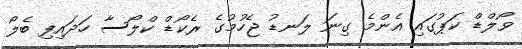
ވޯލްޑް ކަޕުގައި އެންމެ ގިނަ ލަނޑު ޖެހުމުގެ ރެކޯޑް ކްލޯސާ ހަދައިފި ބެލޯ